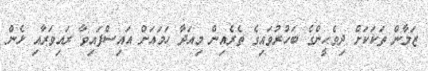
ޒަމާން ތަކަކަށް ދިވެހީންގެ ބަހުރުވައިގެ ތެރެއިން މިއަދާ ހަމައަށް އައިސްފައިވާ ރައިވަރާއި ޅެން